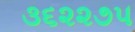
૩૬૨૨૭૫